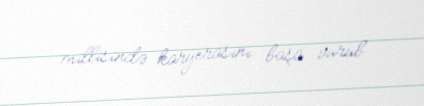
millisində karyerasını başa vurub.